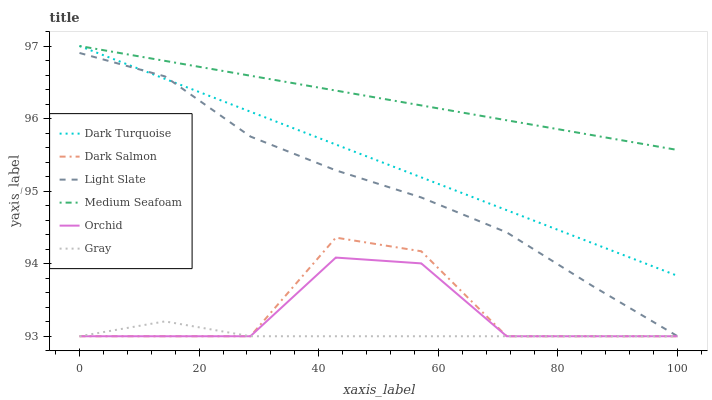
| xaxis_label | Dark Turquoise | Dark Salmon | Light Slate | Medium Seafoam | Orchid | Gray |
 | --- | --- | --- | --- | --- | --- | --- |
 | 0 | 97 | 93 | 96.9 | 97 | 93 | 93 |
 | 14.3 | 96.5 | 93 | 96.6 | 96.8 | 93 | 93.2 |
 | 28.6 | 96.1 | 93 | 95.8 | 96.6 | 93 | 93 |
 | 42.9 | 95.6 | 94.4 | 95.3 | 96.4 | 94.1 | 93 |
 | 57.1 | 95.2 | 94.2 | 94.9 | 96.2 | 94 | 93 |
 | 71.4 | 94.7 | 93 | 94.4 | 96 | 93 | 93 |
 | 85.7 | 94.3 | 93 | 93.7 | 95.8 | 93 | 93 |
 | 100 | 93.8 | 93 | 93 | 95.6 | 93 | 93 |